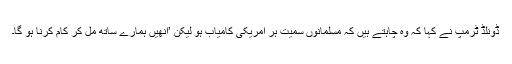
ڈونلڈ ٹرمپ نے کہا کہ وہ چاہتے ہیں کہ مسلمانوں سمیت ہر امریکی کامیاب ہو لیکن ’انھیں ہمارے ساتھ مل کر کام کرنا ہو گا۔